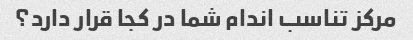
مرکز تناسب اندام شما در کجا قرار دارد؟